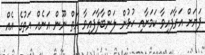
ފަޔަށް އަރާފައިވާ ކަމަށާއި ހުޅުން ލަންބާލާފައިވާ އަތް ނޫން އަނެއް އަތުގެ އެއް